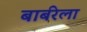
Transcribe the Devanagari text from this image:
बार्बरेला